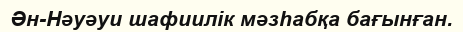
Ән-Нәуәуи шафиилік мәзһабқа бағынған.